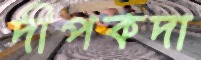
দীপকদা